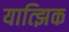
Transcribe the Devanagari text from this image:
यात्झिक